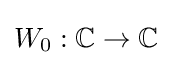
W_{0}:\mathbb {C} \to \mathbb {C}